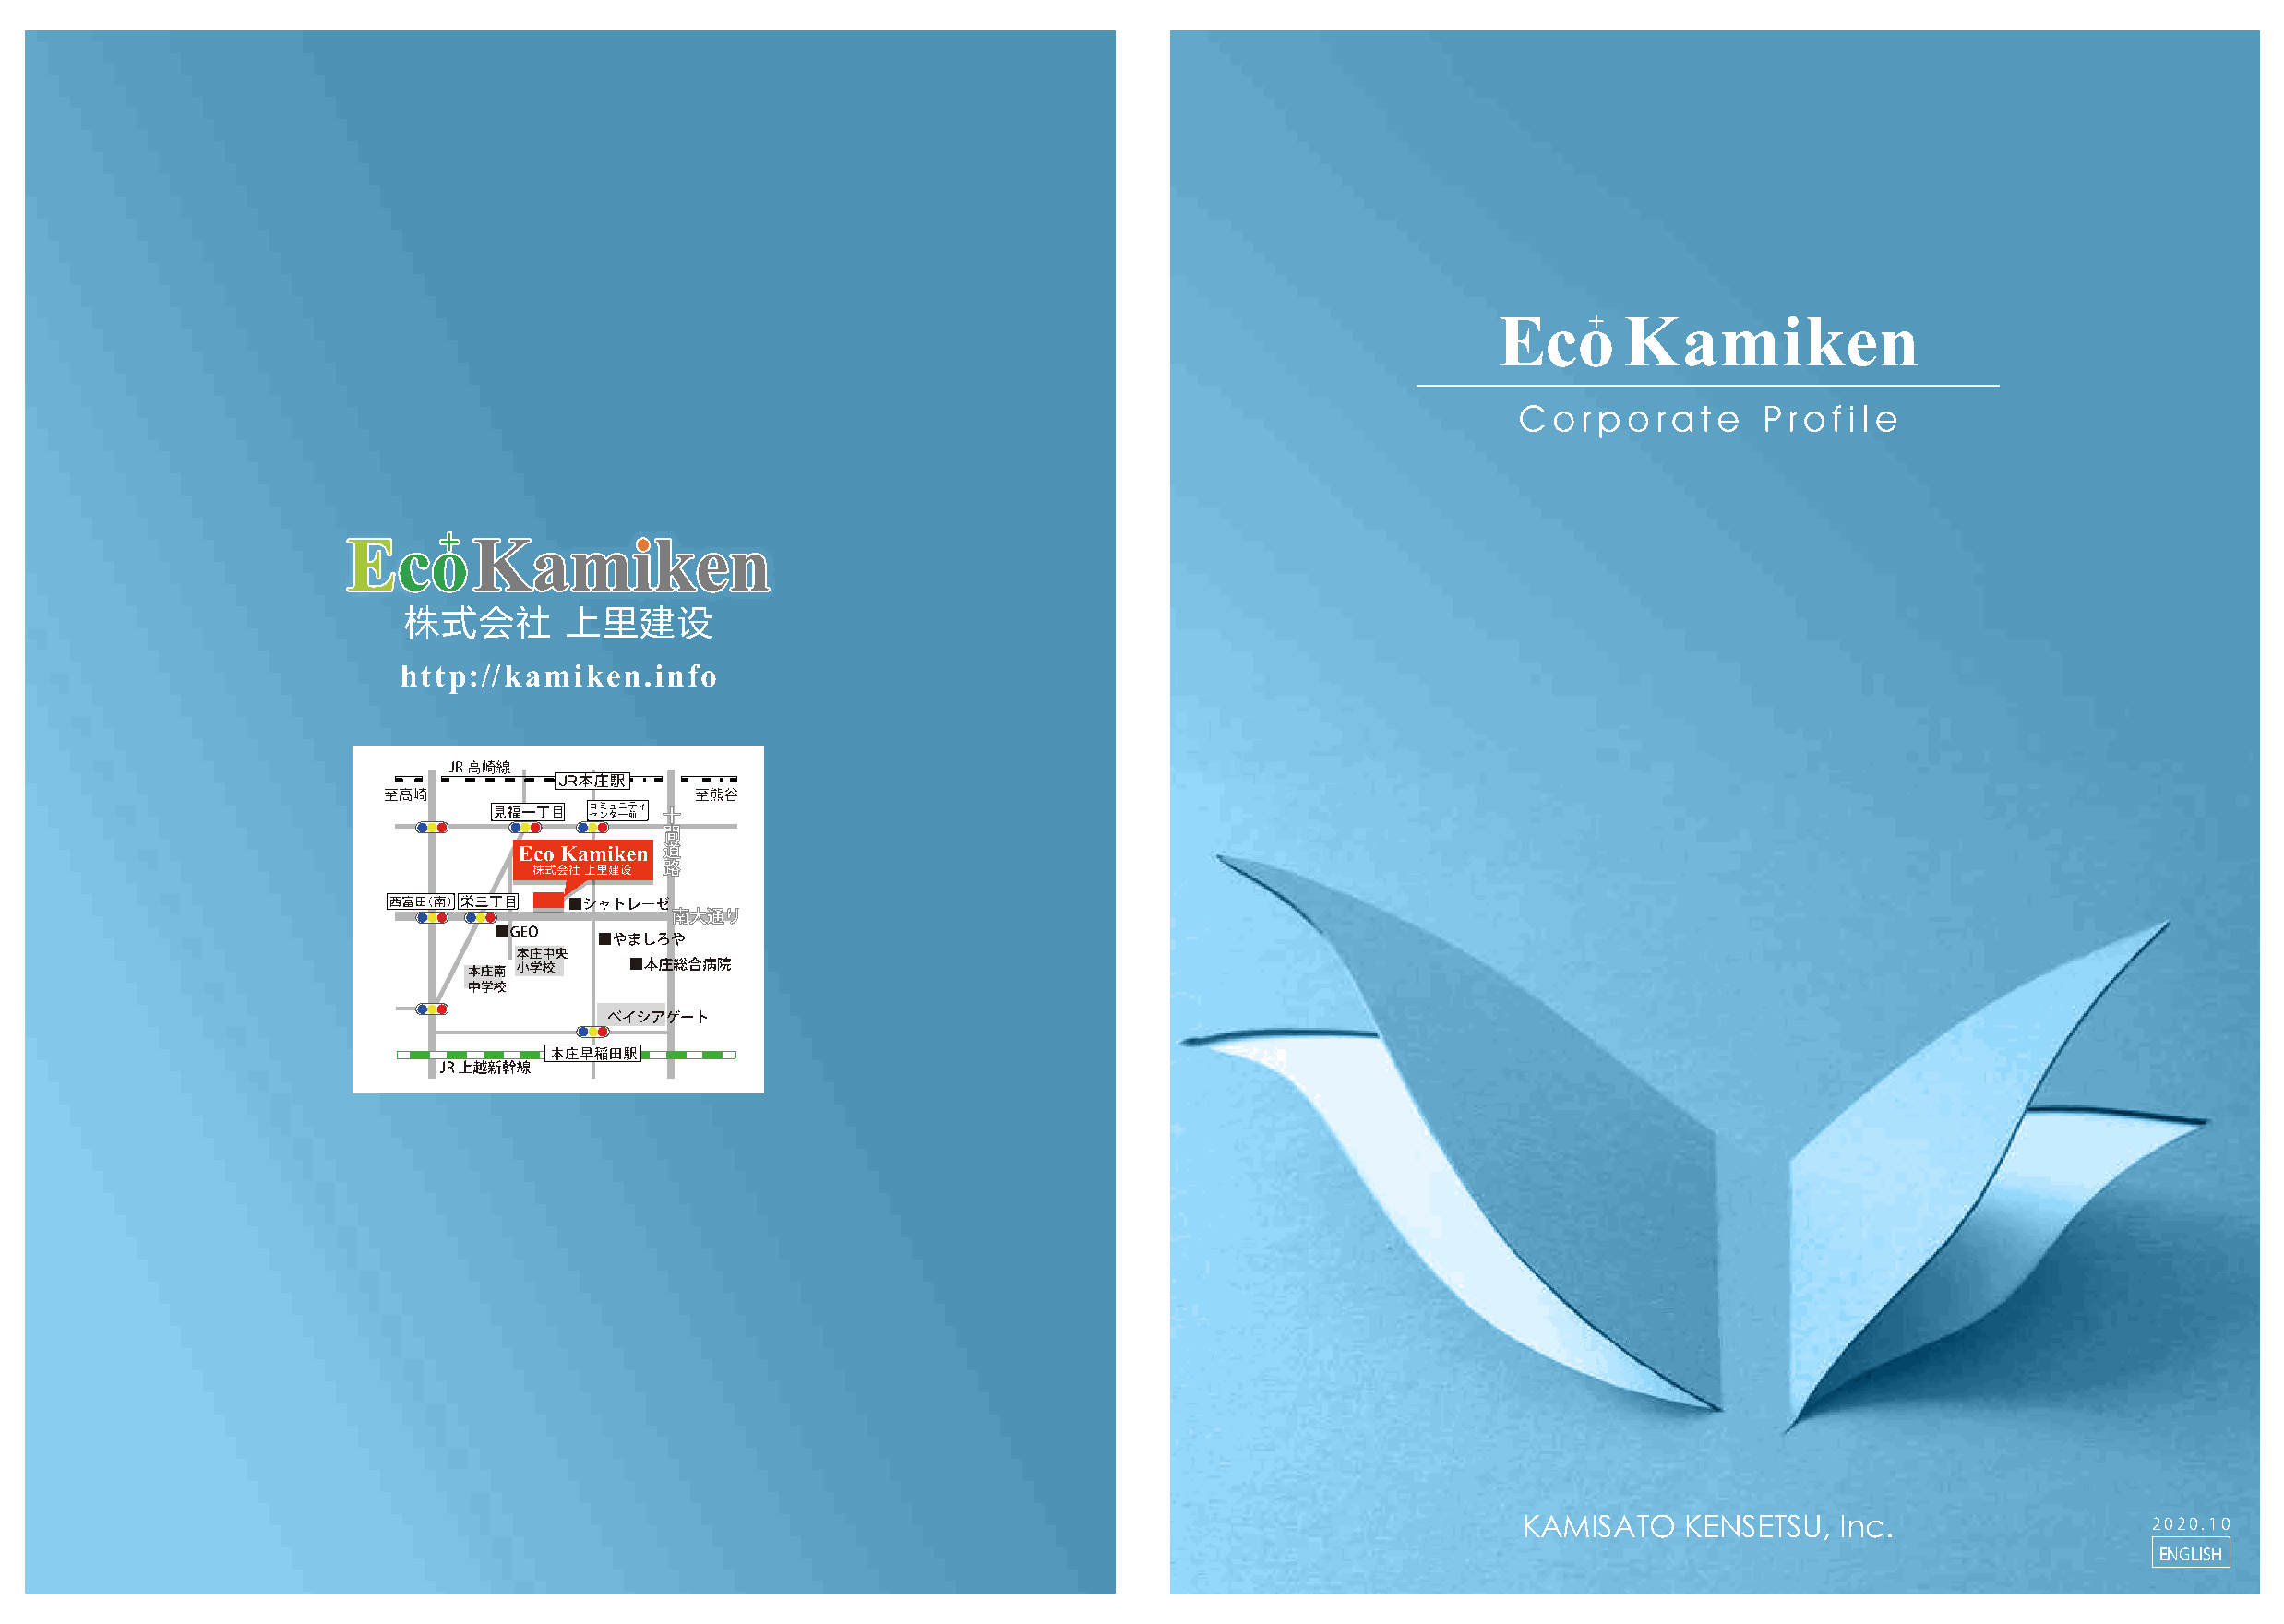
KAMISATO    KENSETSU,  Inc.                  2020.10
 ENGLISH